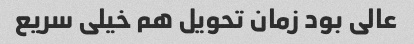
عالی بود زمان تحویل هم خیلی سریع